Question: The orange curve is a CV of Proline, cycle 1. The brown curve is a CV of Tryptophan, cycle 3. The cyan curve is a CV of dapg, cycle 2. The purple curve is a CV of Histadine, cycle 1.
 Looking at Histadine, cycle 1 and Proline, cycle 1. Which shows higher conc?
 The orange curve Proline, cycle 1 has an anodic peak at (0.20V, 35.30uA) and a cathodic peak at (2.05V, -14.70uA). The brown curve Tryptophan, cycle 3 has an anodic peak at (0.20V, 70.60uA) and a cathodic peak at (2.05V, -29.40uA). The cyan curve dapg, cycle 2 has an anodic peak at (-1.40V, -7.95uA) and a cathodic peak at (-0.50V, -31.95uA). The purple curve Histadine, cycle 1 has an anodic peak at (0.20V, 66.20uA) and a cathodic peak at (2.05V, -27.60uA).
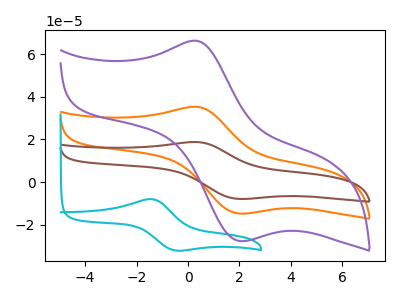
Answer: <think>All the peaks in "Histadine, cycle 1" have a peak in "Proline, cycle 1" at the same potential. Every peak in "Histadine, cycle 1" is higher than every peak in "Proline, cycle 1".
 </think>
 <answer>"Histadine, cycle 1" has more signal than "Proline, cycle 1" and so likely has a higher concentration.</answer>
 <eval>more_concentration</eval>